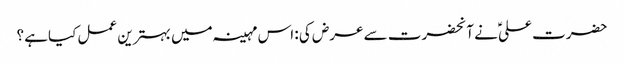
حضرت علیؑ نے آنحضرت سے عرض کی : اس مہینہ میں بہترین عمل کیاہے ؟